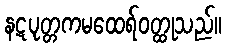
နဋပုတ္တကမထေရ်ဝတ္ထုသည်။